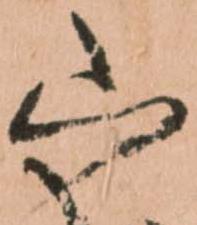
山